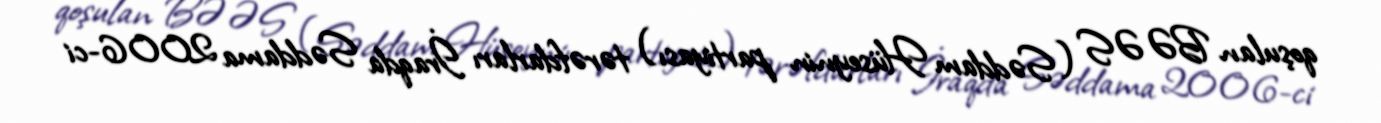
qoşulan BƏƏS (Səddam Hüseynin partiyası) tərəfdarları İraqda Səddama 2006-ci